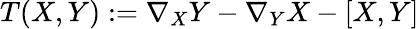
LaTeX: T(X,Y):=\nabla_{X}Y-\nabla_{Y}X-[X,Y]